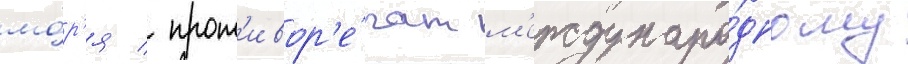
мо́р'я / прот'ивор'е́чат м'еждунаро́дному